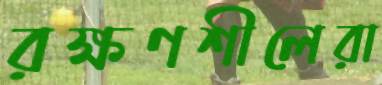
রক্ষণশীলেরা